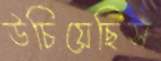
উচিয়েছিস